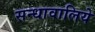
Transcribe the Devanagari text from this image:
सन्धावालिये